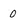
Character: 0